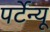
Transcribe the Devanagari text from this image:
पर्टेन्यू